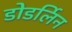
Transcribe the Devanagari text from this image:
डोडर्लिन